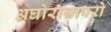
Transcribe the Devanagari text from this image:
अघोरान्नापरो